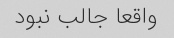
واقعا جالب نبود